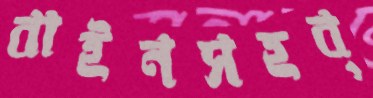
বাইনসহব্